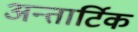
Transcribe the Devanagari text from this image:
अन्तार्टिक